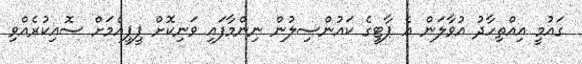
ގައުމީ އިއްތިހާދު އުވާލަން އެ ޕާޓީގެ ކައުންސިލުން ނިންމާފައި ވަނިކޮށް ޕީޕީއެމަށް ސޮއިކުރެއްވި